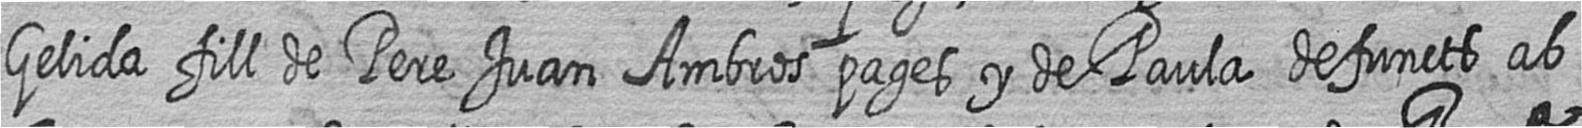
Gelida fill de Pere Juan Ambros pages y de Paula defuncts ab